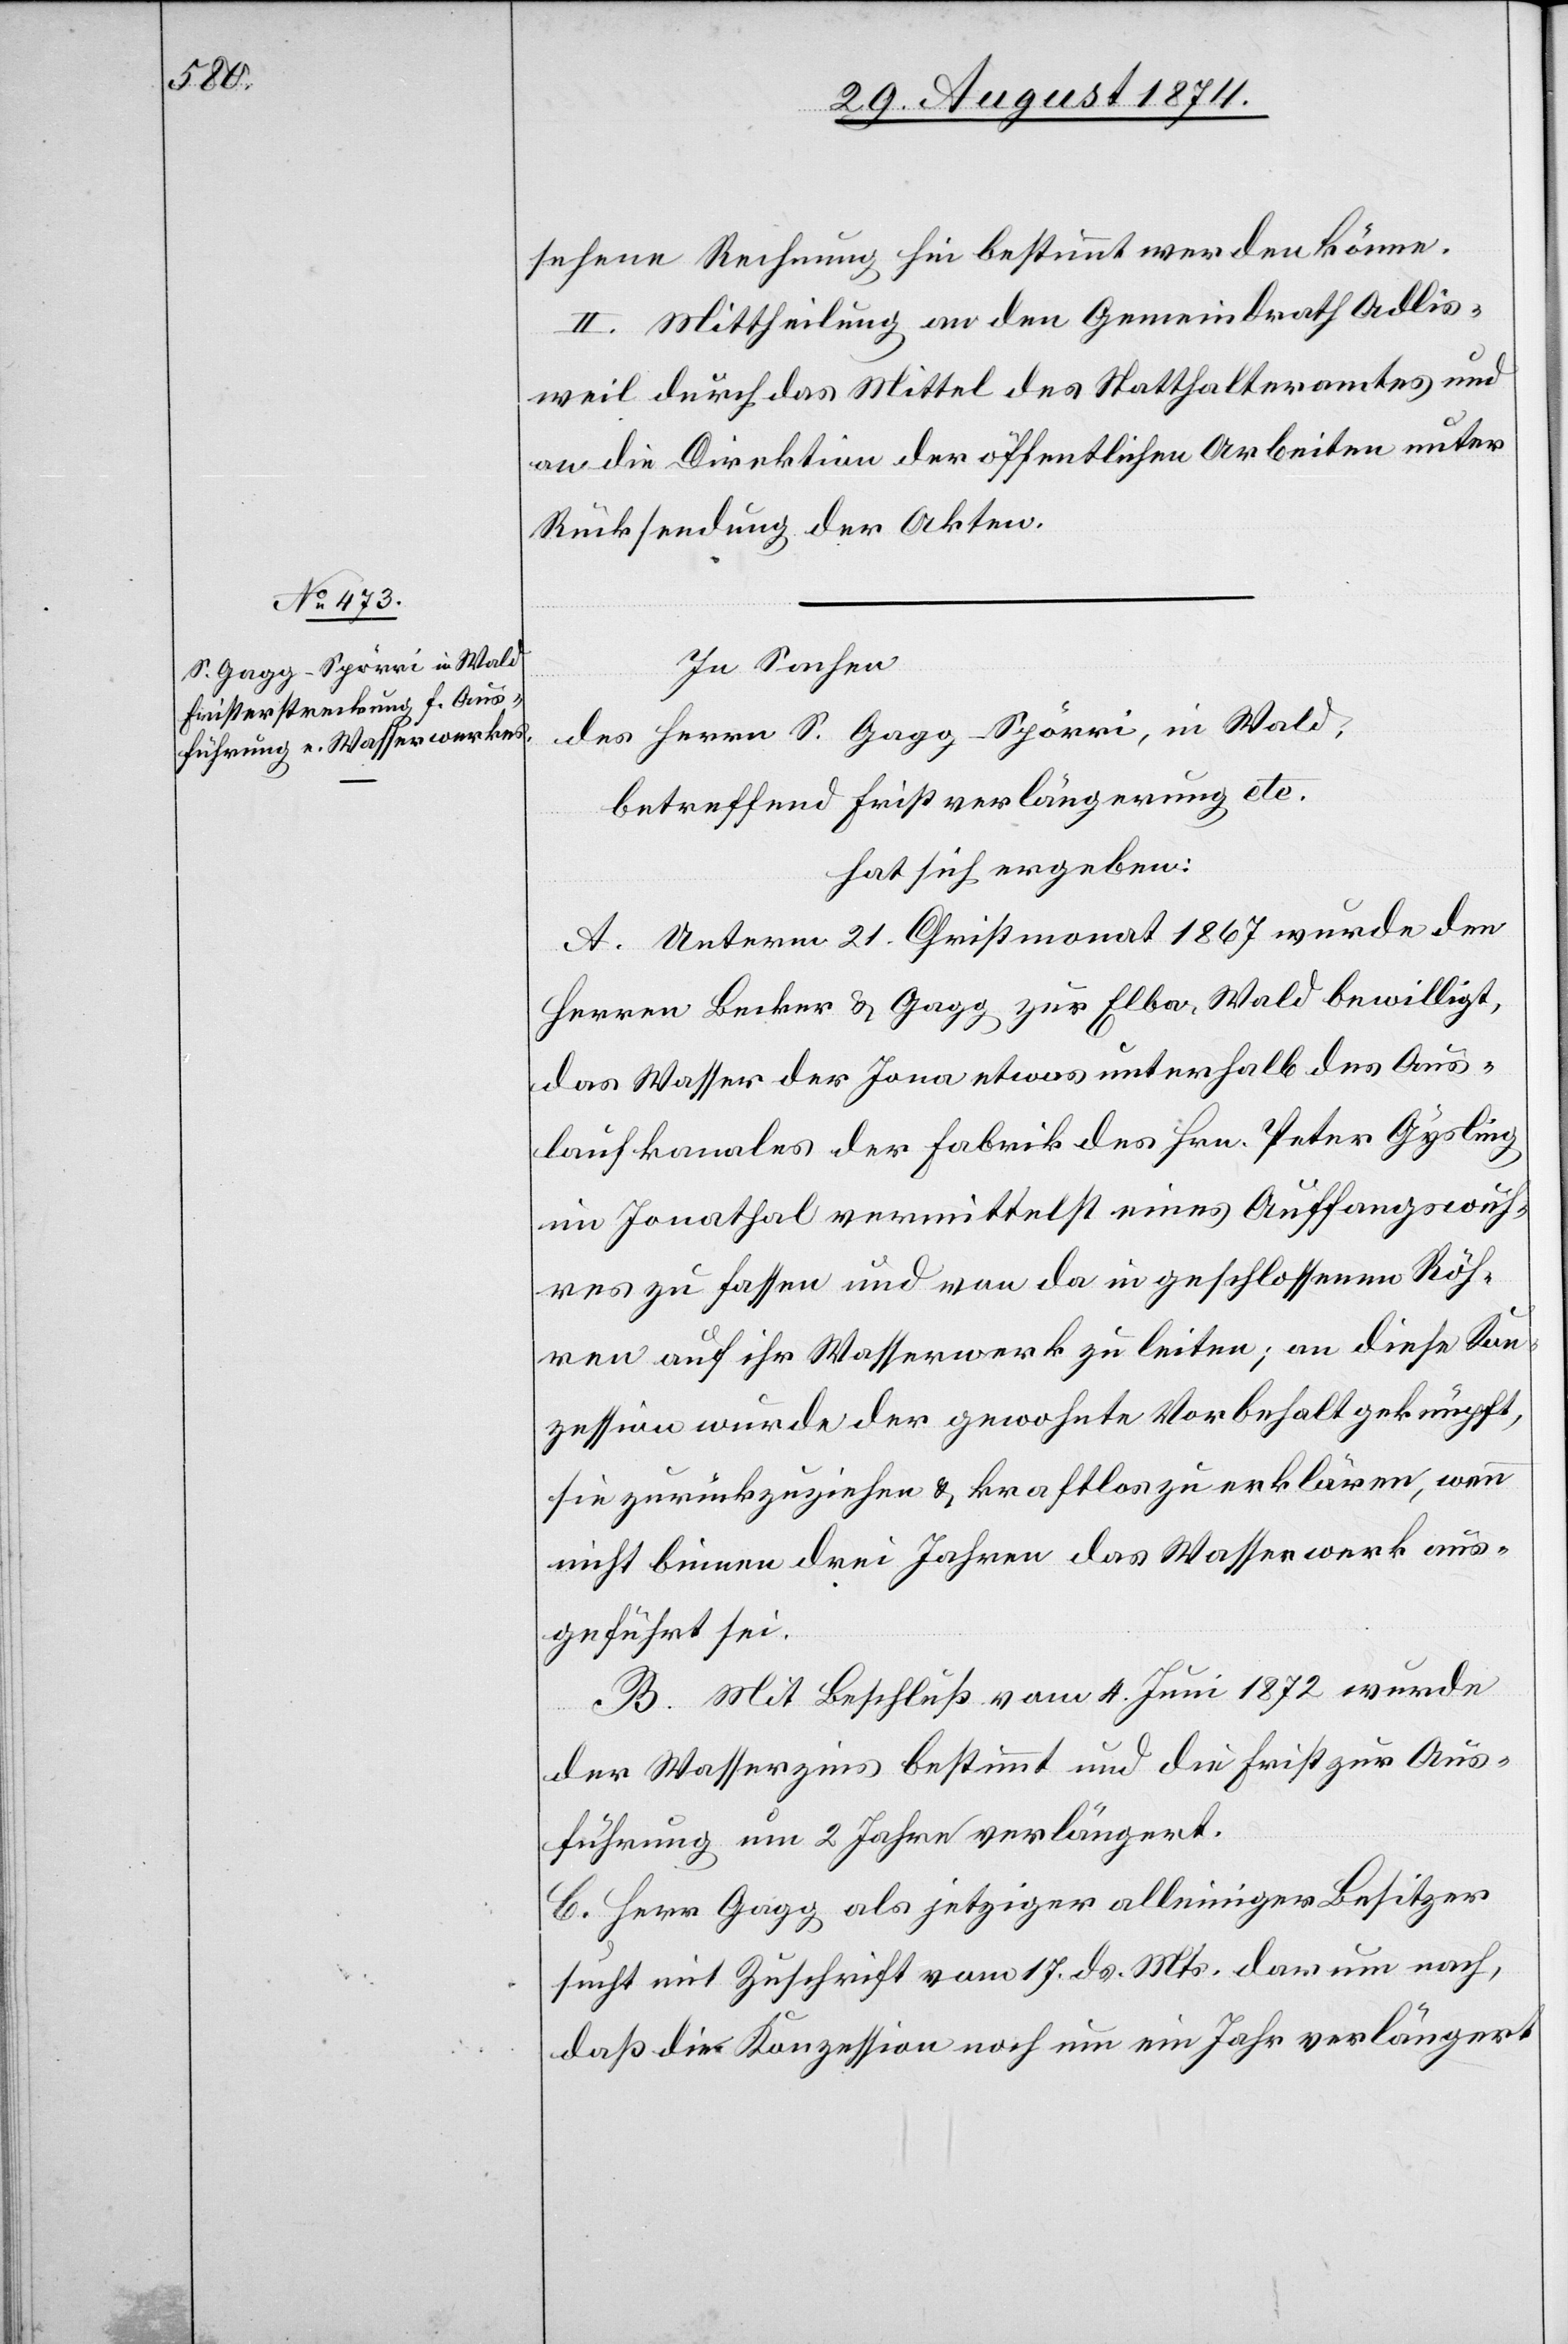
sehene Rechnung hin bestimmt werden könne.
II. Mittheilung an den Gemeindrath Adlis¬
weil durch das Mittel des Statthalteramtes und
an die Direktion der öffentlichen Arbeiten unter
Rücksendung der Akten.
In Sachen
des Herren S. Gagg-Spörri, in Wald,
betreffend Fristverlängerung etc.
hat sich ergeben:
A. Unterm 21. Christmonat 1867 wurde den
Herren Becker u. Gagg zur Elba, Wald bewilligt,
das Wasser der Jona etwas unterhalb des Aus¬
laufkanales der Fabrik des Hrn. Peter Gysling
im Jonathal vermittelst eines Auffangswuh¬
res zu fassen und von da in geschlossenen Röh¬
ren auf ihr Wasserwerk zu leiten; an diese Kon¬
zession wurde der gewohnte Vorbehalt geknüpft,
sie zurückzuziehen u. kraftlos zu erklären, wenn
nicht binnen drei Jahren das Wasserwerk aus¬
geführt sei.
B. Mit Beschluß vom 4. Juni 1872 wurde
der Wasserzins bestimmt und die Frist zur Aus¬
führung um 2 Jahre verlängert.
C. Herr Gagg als jetziger alleiniger Besitzer
sucht mit Zuschrift vom 17. d. Mts. darum nach,
daß die Konzession noch um ein Jahr verlängert